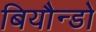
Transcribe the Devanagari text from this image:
बियौन्डो